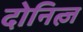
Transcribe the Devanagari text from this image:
दोनित्ज़